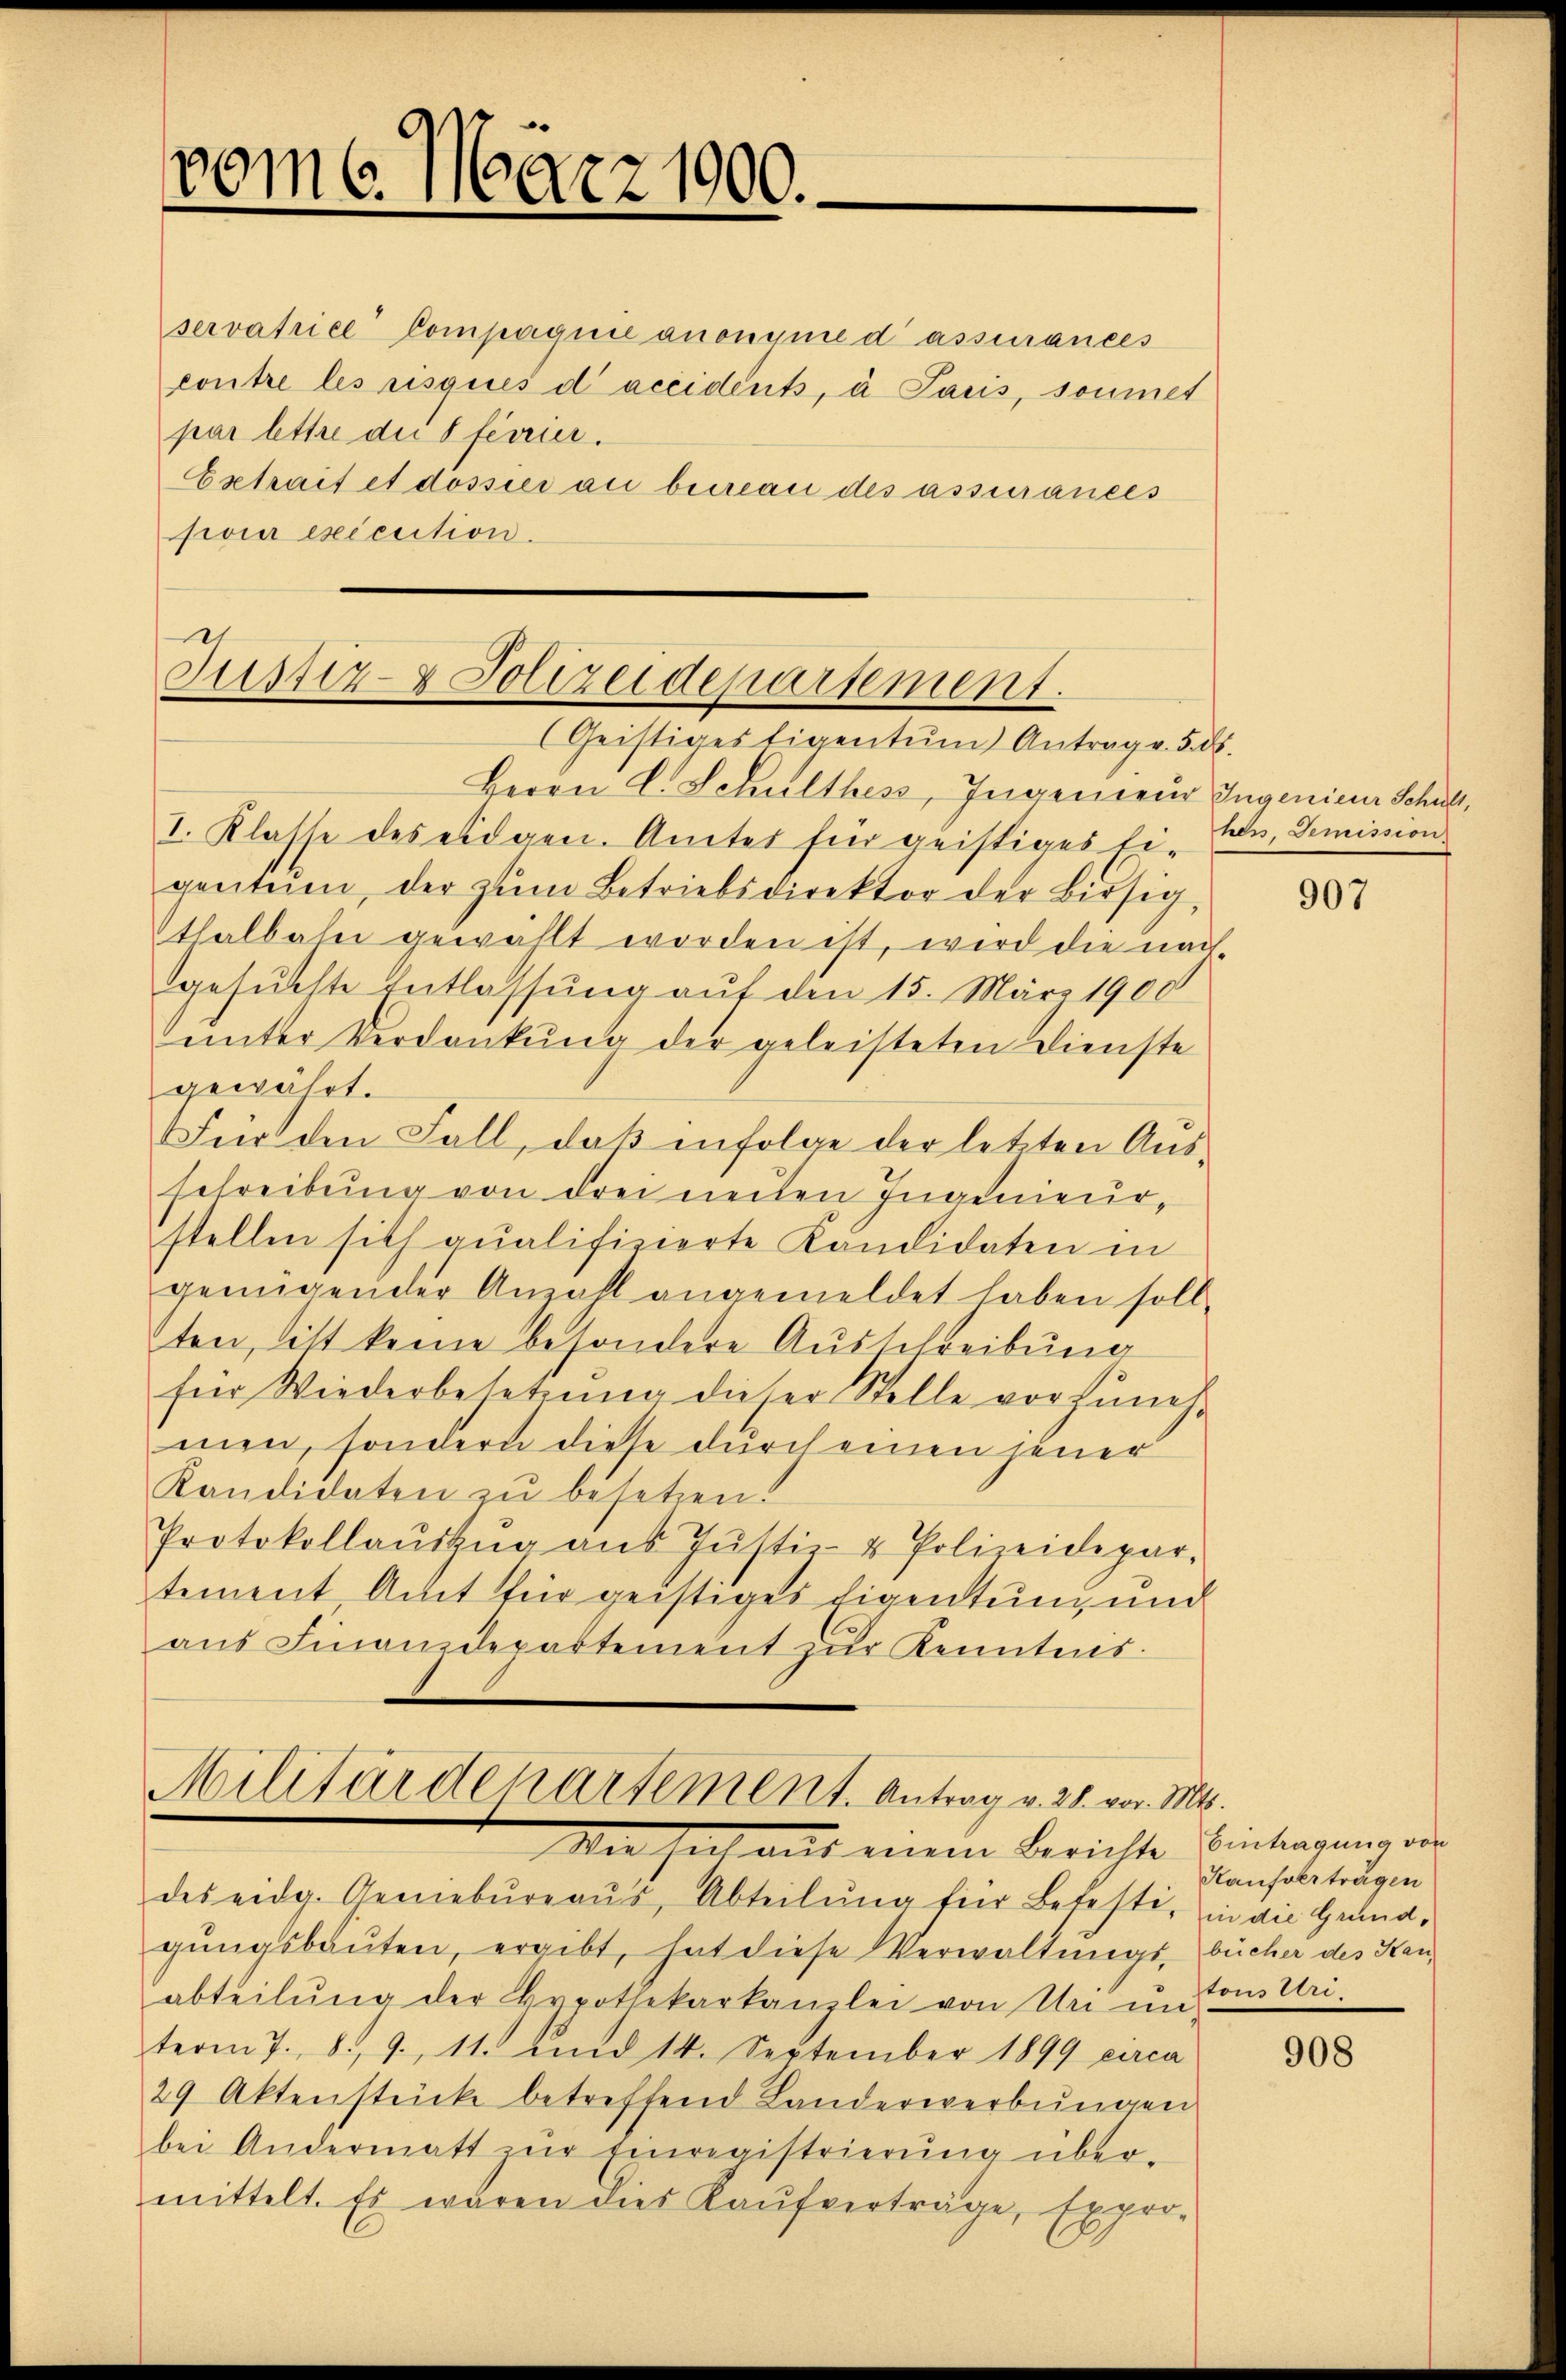
vom 6. März 1900.

servatrice Compagnie anonyme d assurances
contre les risques d’accidents, à Paris, soumet
par lettre die Sferrier.
Estrait et dossier an bereau des assurances
poir exécution.

Justiz- & Polizeidepartement.
Geistiges ligentum Antrag v. 5. d.

Herrn C. Schulthes, Ingenieur Ingenieur Schult¬
I. Klasse des eidgen. Amtes für geistiges ligenteien, der zŭm Betriebsdirektor der Bisig
thalbahn gewählt worden ist, wird die nachgesuchte Entlassung auf den 15. März 1900
unter Verdankung der geleisteten Dienste
gewährt.
Für den Fall, daß infolge der letzten Ausschreibung von drei neuen Ingenieur-
stellen sich qualifizierte Kandidaten in
genügender Anzahl angemeldet haben soll.
ten, litt keine besondere Ausschreibung
für Wiederbesetzŭng dieser Stelle vorhŭngs-
men, sondern diese durch einen jener
Kandidaten zu besetzen.
Protokollaŭszŭg aŭs Jŭstiz- & Polizeidepar-
tement, Amt für geistiges Eigentung und
aŭs Finanzdepartement zŭr Kenntnis.

Militärdepartement. Antrag v. 28. vor. Mts.
War aus einem Berichte Eintragung des

des eidg. Gemebŭreaŭs, Abteilŭng für Befesti, in die Grund-
gŭngsbaŭten, ergibt, hat diese Verwaltungs- bücher des Kanabteilŭng der Hypothekarkanzlei von Un ŭn-
term 7. 8. 9, 11. und 14. September 1899 circa
29 Aktenstücke betreffend Landerwerbungen
bei Andermatt zŭr Einregistrierŭng über-
mittelt. Es wären dies Kaŭfverträge, Expro-

hen, Demission.

907

Kaufvertragen
tonsler.

908